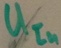
Text: UIn